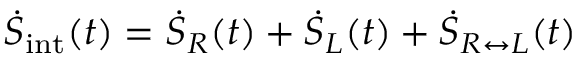
\dot { S } _ { \mathrm { i n t } } ( t ) = \dot { S } _ { R } ( t ) + \dot { S } _ { L } ( t ) + \dot { S } _ { R \leftrightarrow L } ( t )